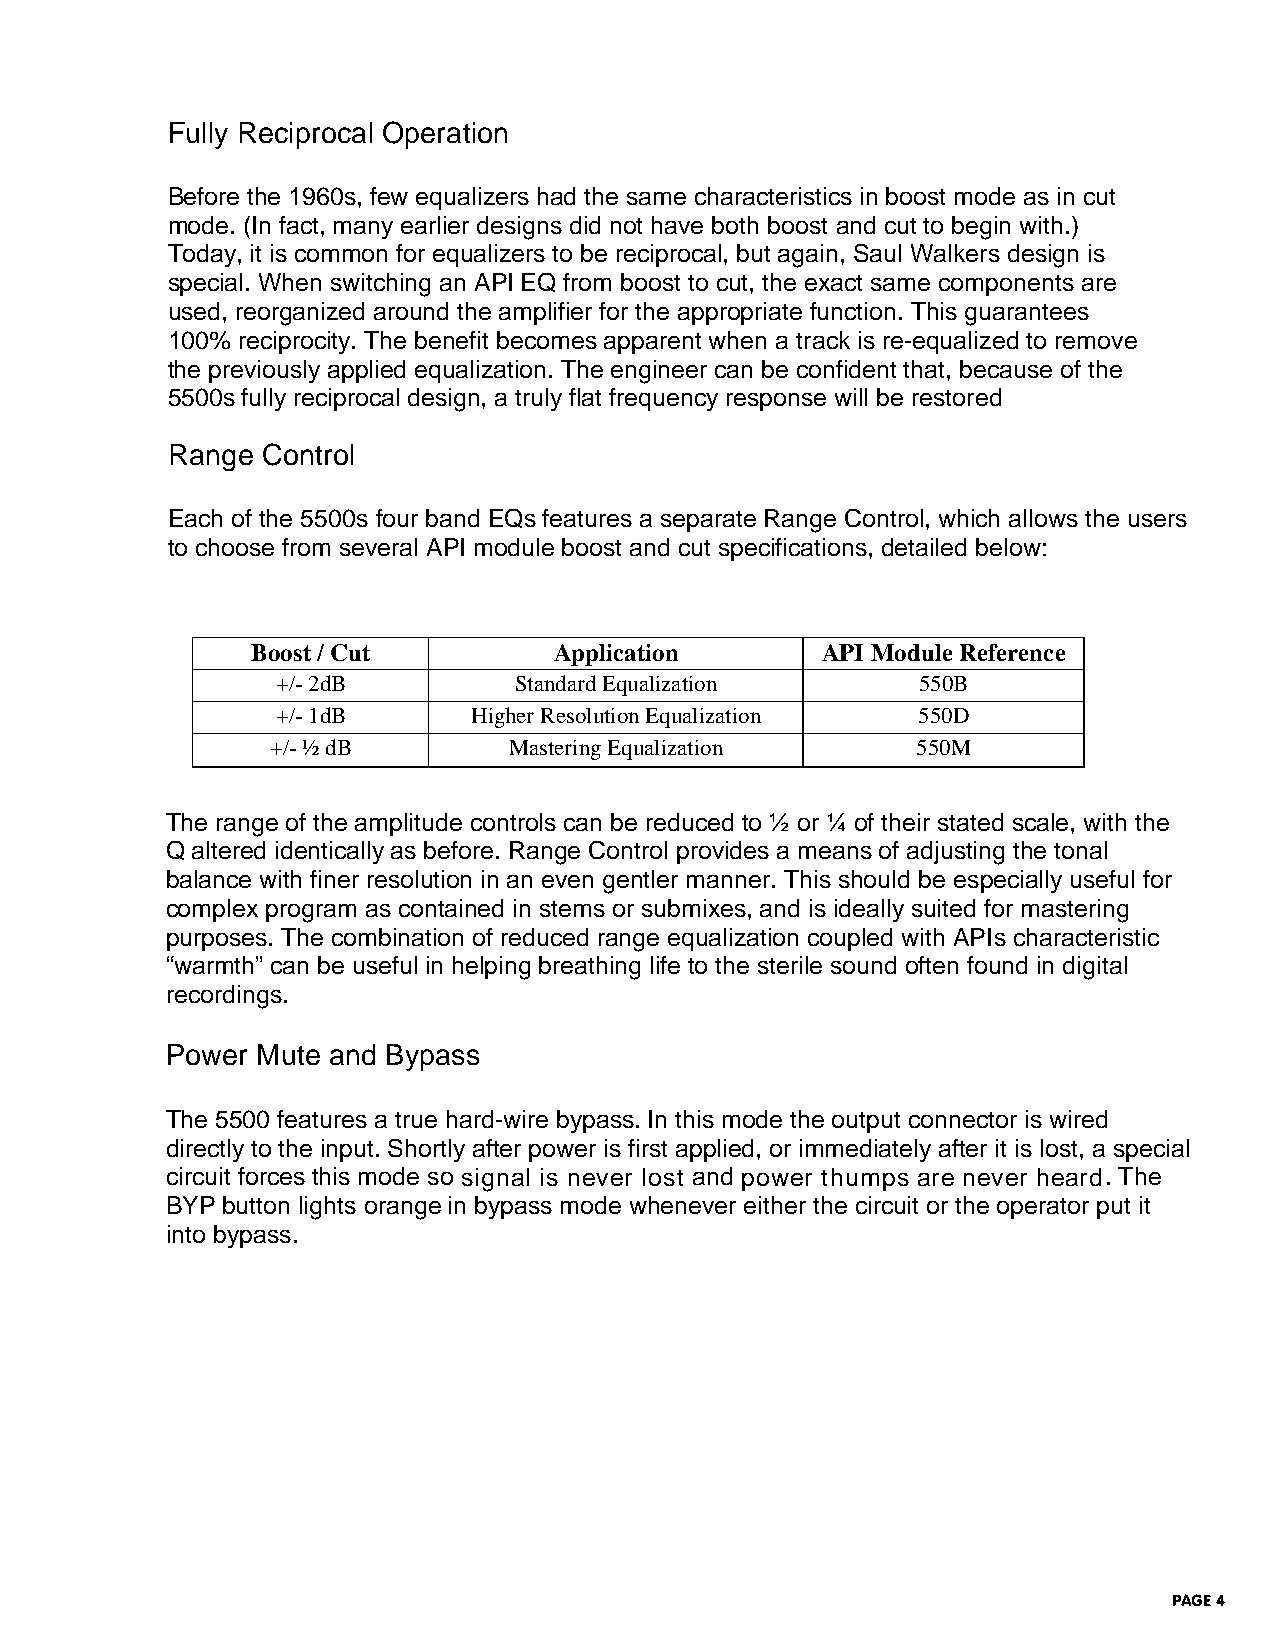
Fully Reciprocal Operation
 Before the 1960s, few equalizers had the same characteristics in boost mode as in cut
 mode. (In fact, many earlier designs did not have both boost and cut to begin with.)
 Today, it is common for equalizers to be reciprocal, but again, Saul Walkers design is
 special. When switching an API EQ from boost to cut, the exact same components are
 used, reorganized around the amplifier for the appropriate function. This guarantees
 100% reciprocity. The benefit becomes apparent when a track is re-equalized to remove
 the previously applied equalization. The engineer can be confident that, because of the
 5500s fully reciprocal design, a truly flat frequency response will be restored
 Range Control
 Each of the 5500s four band EQs features a separate Range Control, which allows the users
 to choose from several API module boost and cut specifications, detailed below:
 Boost / Cut         Application      API Module Reference
 +/- 2dB         Standard Equalization      550B
 +/- 1dB      Higher Resolution Equalization 550D
 +/- ½ dB        Mastering Equalization     550M
 The range of the amplitude controls can be reduced to ½ or ¼ of their stated scale, with the
 Q altered identically as before. Range Control provides a means of adjusting the tonal
 balance with finer resolution in an even gentler manner. This should be especially useful for
 complex program as contained in stems or submixes, and is ideally suited for mastering
 purposes. The combination of reduced range equalization coupled with APIs characteristic
 “warmth” can be useful in helping breathing life to the sterile sound often found in digital
 recordings.
 Power Mute and Bypass
 The 5500 features a true hard-wire bypass. In this mode the output connector is wired
 directly to the input. Shortly after power is first applied, or immediately after it is lost, a special
 circuit forces this mode so signal is never lost and power thumps are never heard. The
 BYP button lights orange in bypass mode whenever either the circuit or the operator put it
 into bypass.
 PAGE 4